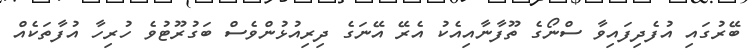
ބޭރުގައި އުފެދިފައިވާ ސްނޯގެ ތޫފާނާއިއެކު އެރޭ އޭނަގެ ދިރިއުޅުންވެސް ބަގުރޫޓުވެ ހުރިހާ އުފާތަކެއް